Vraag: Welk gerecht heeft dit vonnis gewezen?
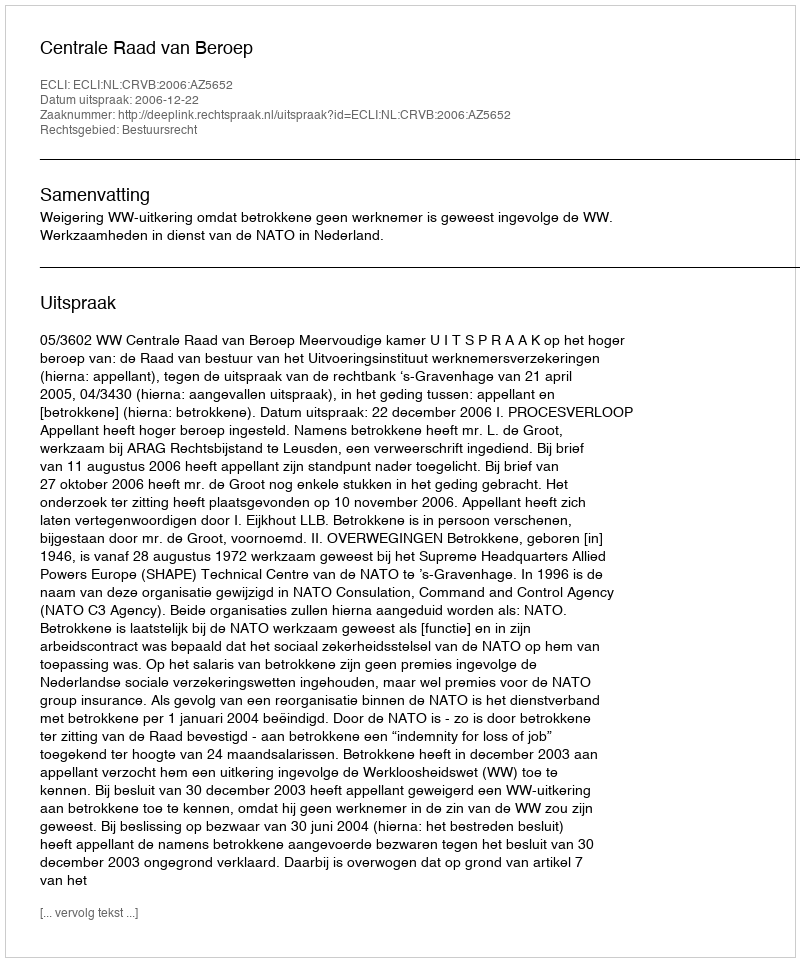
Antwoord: Centrale Raad van Beroep